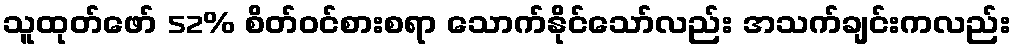
သူထုတ်ဖော် 52% စိတ်ဝင်စားစရာ သောက်နိုင်သော်လည်း အသက်ချင်းကလည်း